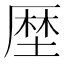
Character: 𠪖